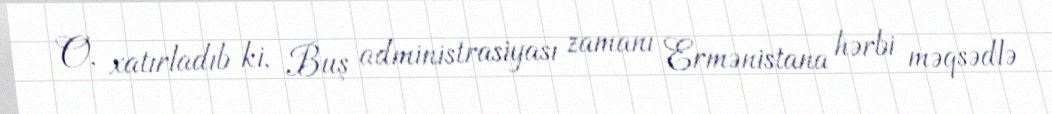
O, xatırladıb ki, Buş administrasiyası zamanı Ermənistana hərbi məqsədlə